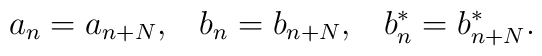
a_{n}=a_{n+N},\;\;\;b_{n}=b_{n+N},\;\;\;b_{n}^{*}=b_{n+N}^{*}.